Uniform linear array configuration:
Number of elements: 4
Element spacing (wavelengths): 0.25
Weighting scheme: uniform
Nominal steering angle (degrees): -30
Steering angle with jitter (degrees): -29.429
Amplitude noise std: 0.05
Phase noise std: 0.05

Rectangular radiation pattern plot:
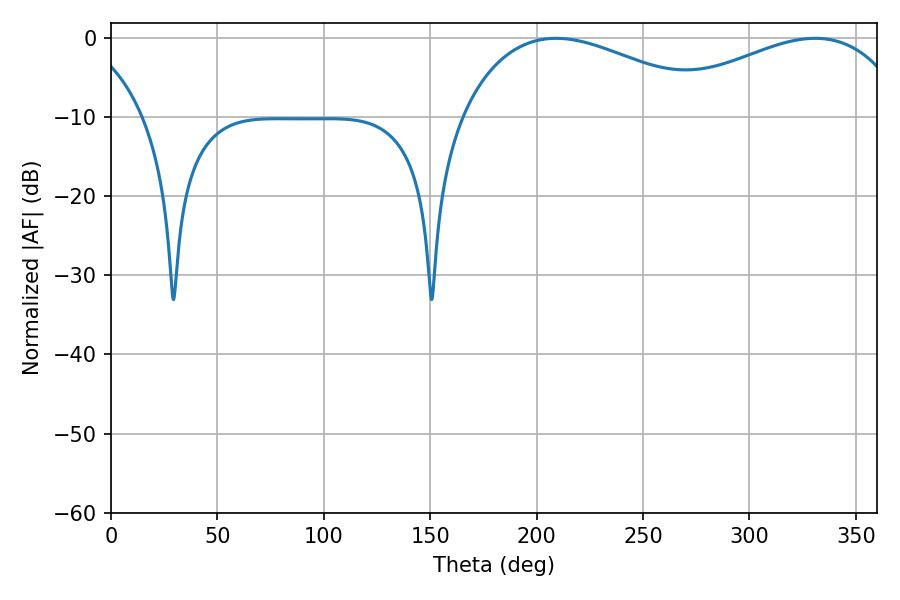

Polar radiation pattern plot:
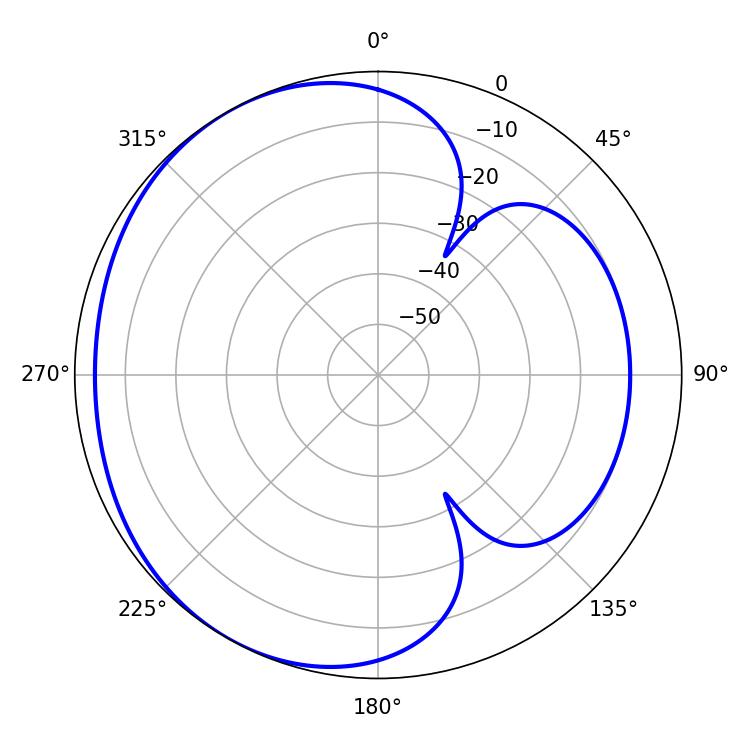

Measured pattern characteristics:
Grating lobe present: FALSE
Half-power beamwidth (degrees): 67.5
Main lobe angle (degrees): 209.16